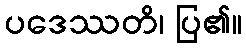
ပဒေဿတိ၊ ပြ၏။